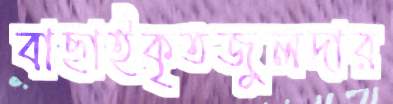
বাছাইকৃতজুলদার